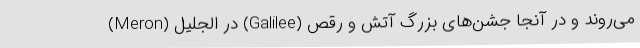
(Meron) در الجلیل (Galilee) می‌روند و در آنجا جشن‌های بزرگ آتش و رقص